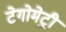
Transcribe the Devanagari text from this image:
टेगोमेट्री